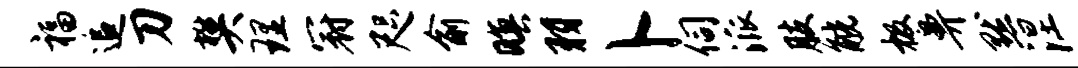
福追刀樊理冠咫俞暝羽卜伺派肢觥极鼻默涅